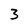
Character: 3